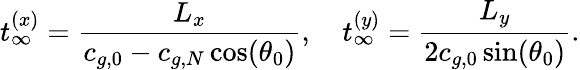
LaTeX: t_{\infty}^{(x)}=\frac{L_{x}}{c_{g,0}-c_{g,N}\cos(\theta_{0})},\quad t_{\infty}^{(y)}=\frac{L_{y}}{2c_{g,0}\sin(\theta_{0})}.